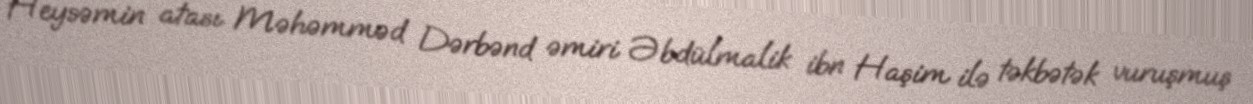
Heysəmin atası Məhəmməd Dərbənd əmiri Əbdülmalik ibn Haşim ilə təkbətək vuruşmuş